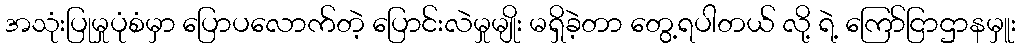
အသုံးပြုမှုပုံစံမှာ ပြောပလောက်တဲ့ ပြောင်းလဲမှုမျိုး မရှိခဲ့တာ တွေ့ရပါတယ် လို့ ရဲ့ ကြော်ငြာဌာနမှူး